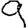
Digit: 9